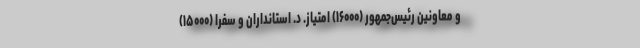
و معاونین رئیس‌جمهور (۱۶۰۰۰) امتیاز. د. استانداران و سفرا (۱۵۰۰۰)